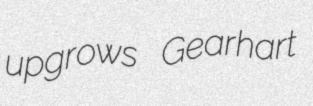
upgrows Gearhart